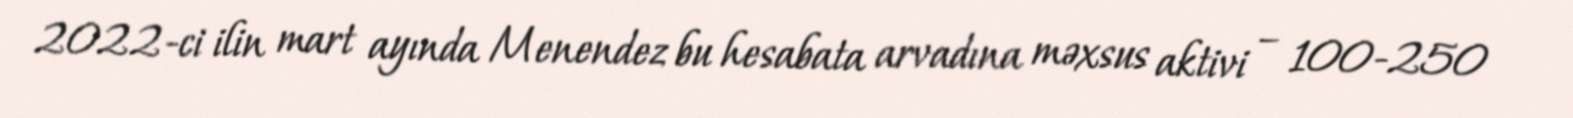
2022-ci ilin mart ayında Menendez bu hesabata arvadına məxsus aktivi – 100-250